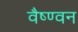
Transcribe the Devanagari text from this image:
वैष्ण्वन